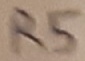
Text: R5